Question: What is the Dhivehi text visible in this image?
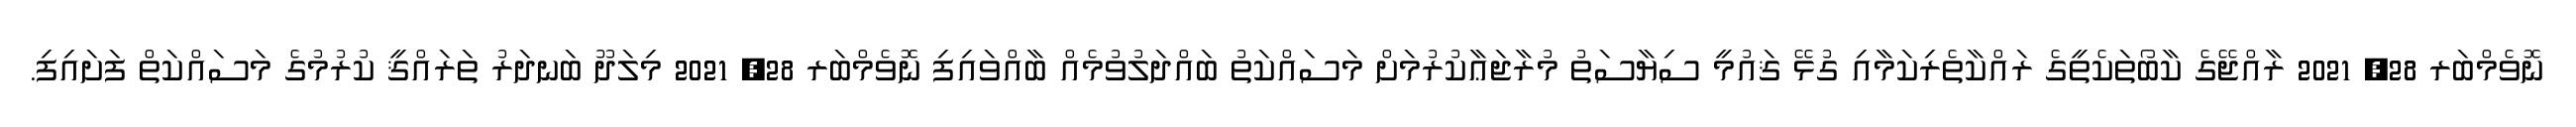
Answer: ނޮވެމްބަރ 28, 2021 ރާއްޖޭގެ ކާބޯތަކެތީގެ ރައްކާތެރިކަމާއި ގުޅޭ ޤައުމީ ސިޔާސަތު މުރާޖަޢާކުރުމަށް މަސައްކަތު ބައްދަލުވުމެއް ބާއްވައިފި ނޮވެމްބަރ 28, 2021 މިލަދޫ ބަނދަރު ތަރައްޤީ ކުރުމުގެ މަސައްކަތް ފަށައިފި.